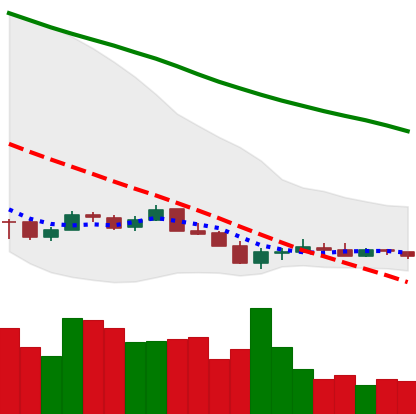
Ticker: ETC-USD
Chart end date: 2018-12-14
Forward return: 18.918%
Label: up_7plus